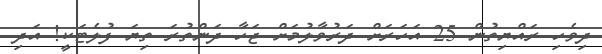
ދިވެހި ރައްޔިތުން 25 އަހަރަށް ދަރުވާލުމަށް ޖަހާ ދަންތުރަ ތިޔަ ފުލެޓަކީ! އަދި